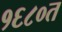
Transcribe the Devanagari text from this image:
१६८०त